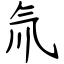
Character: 氚